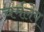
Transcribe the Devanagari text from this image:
चर्मलेप